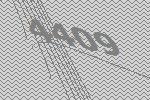
4409